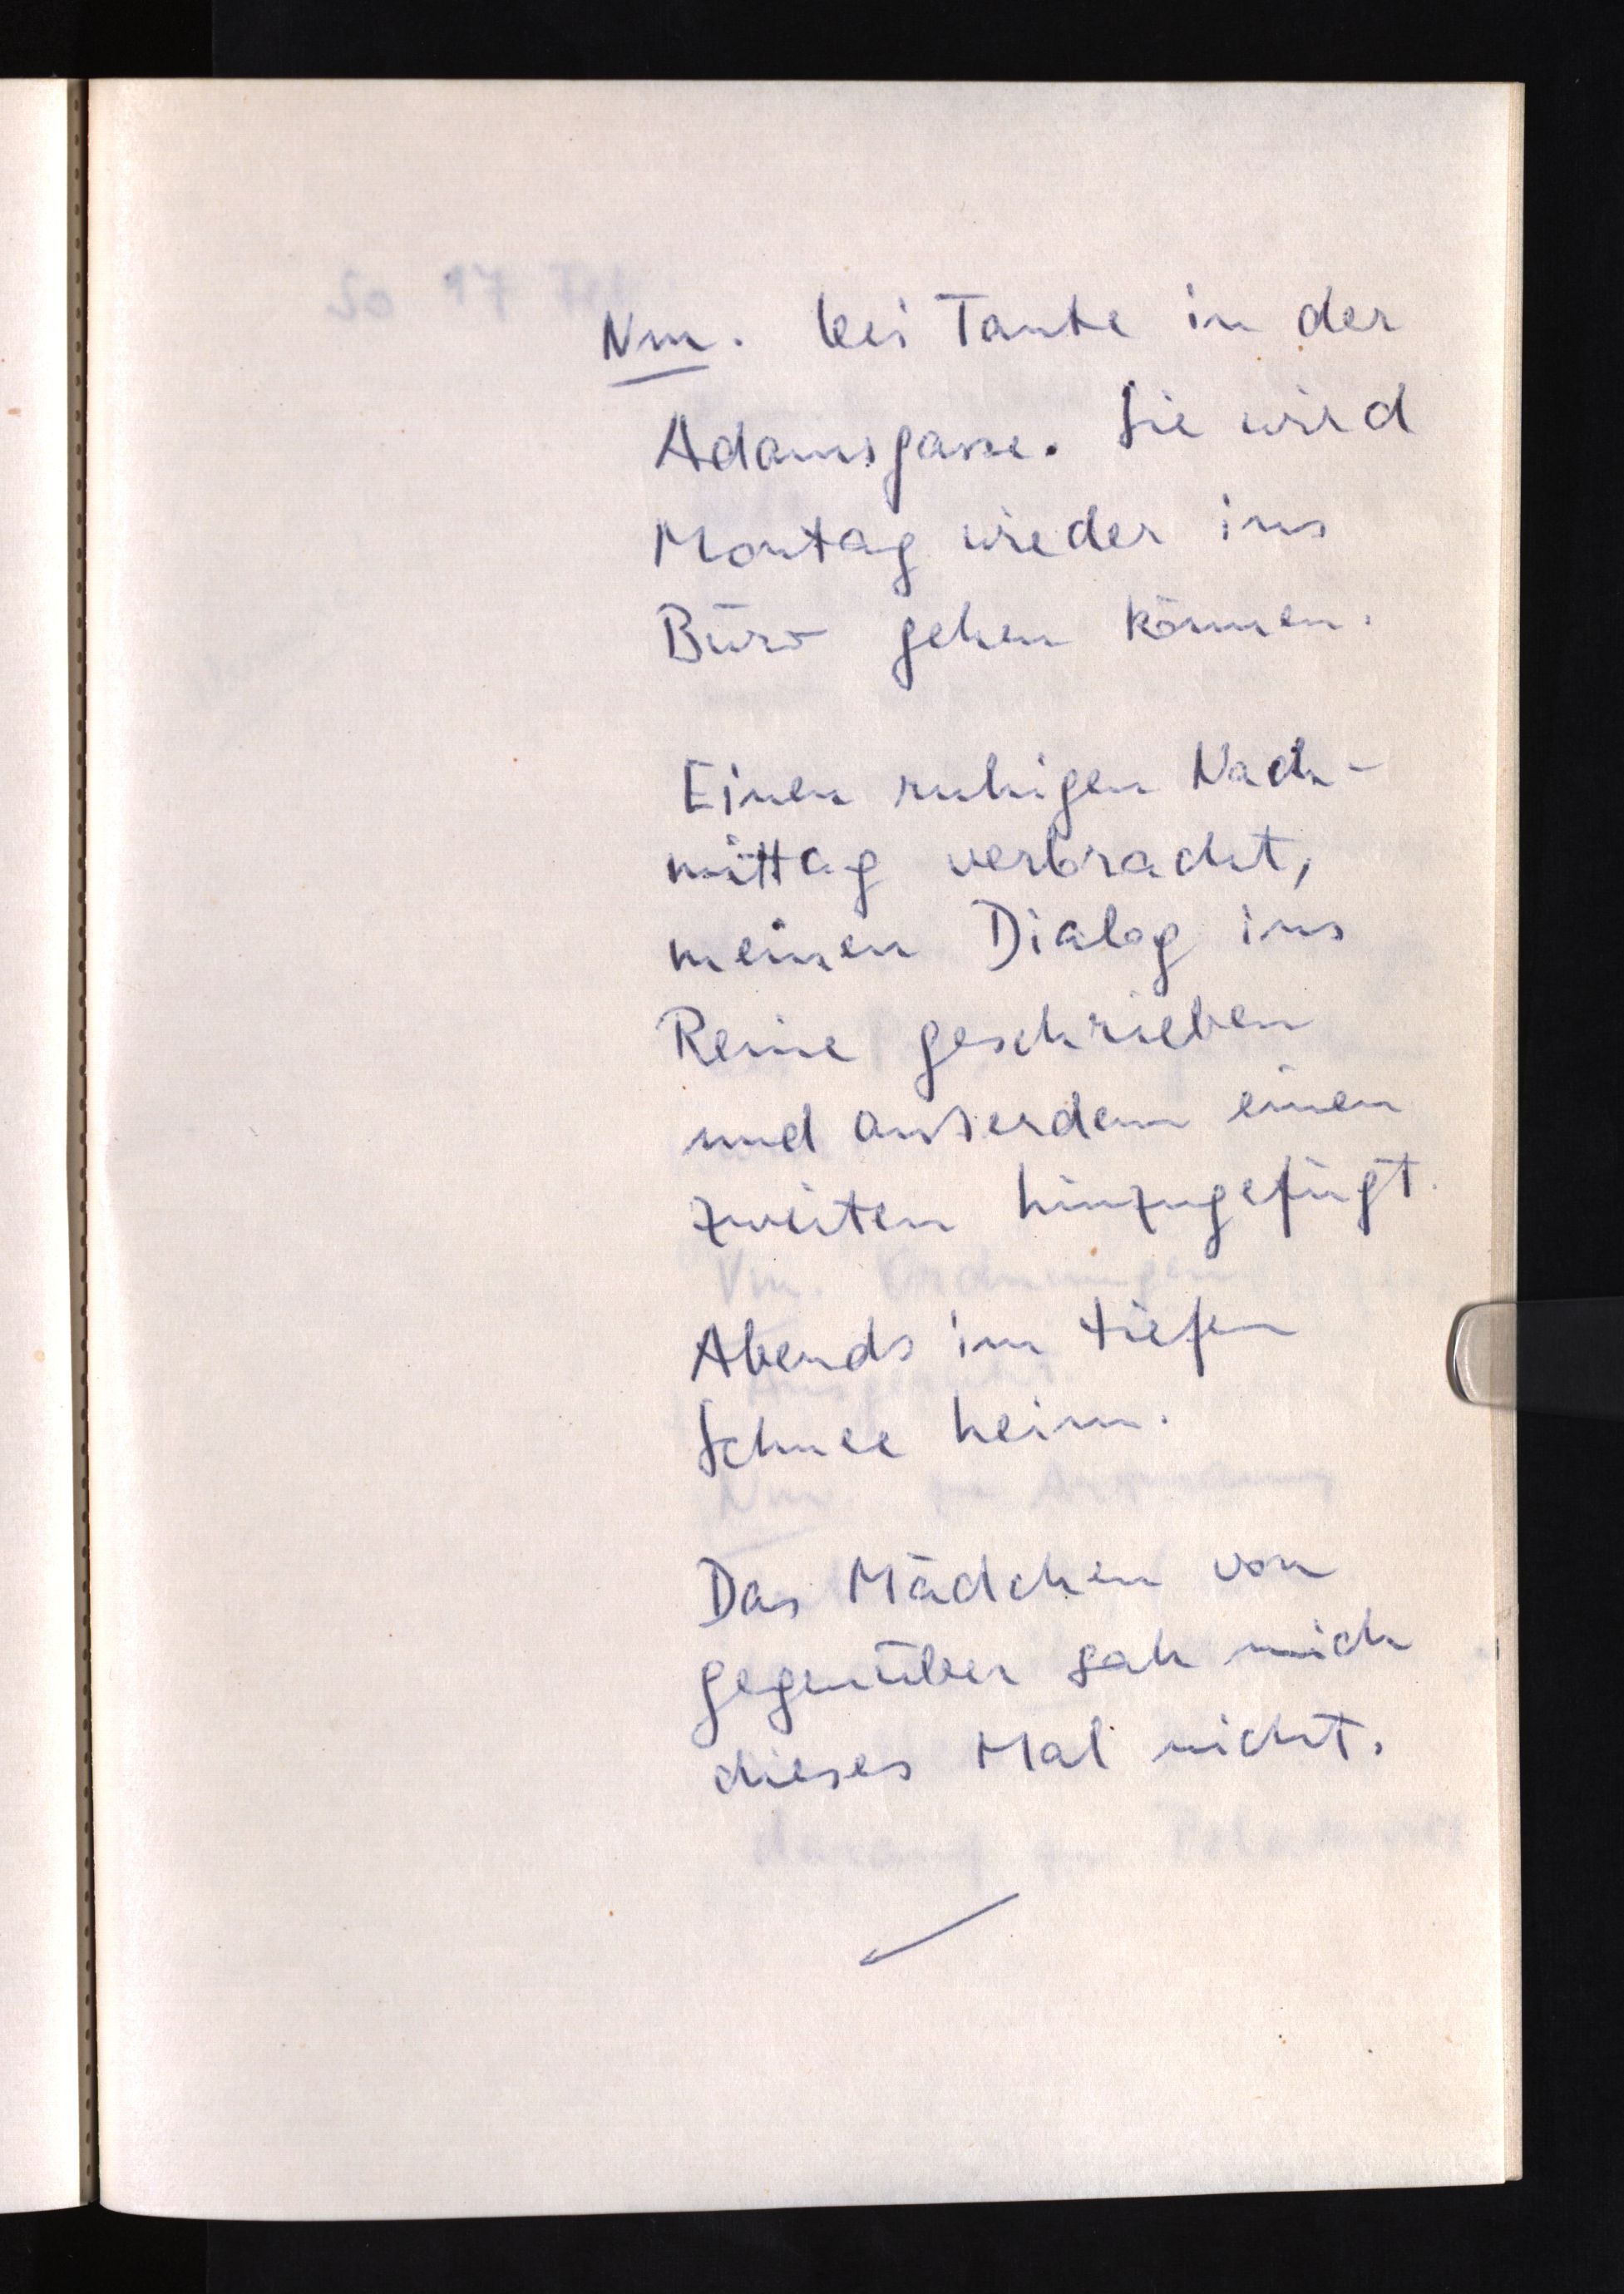
Nm. bei Tante in der
Adamsgasse. Sie wird
Montag wieder ins
Büro gehen können.
Einen ruhigen Nach¬
mittag verbracht,
meinen Dialog ins
Reine geschrieben
und außerdem einen
zweiten hinzugefügt.
Abends im tiefen
Schnee heim.
Das Mädchen von
gegenüber sah mich
dieses Mal nicht.